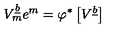
V _ { m } ^ { \underline { { b } } } e ^ { m } = \varphi ^ { * } \left[ V ^ { \underline { { b } } } \right]